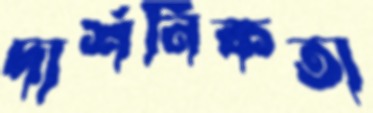
দার্শনিকতা